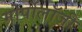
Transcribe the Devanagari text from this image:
मोर्पोलॉजी